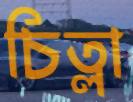
চিত্লা